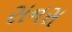
સનસ